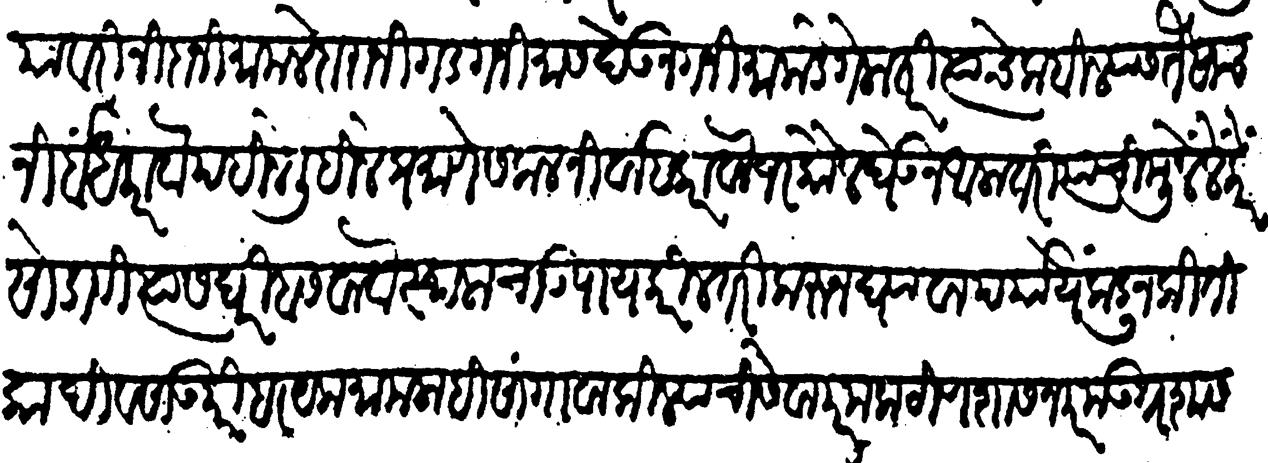
Transliteration (Devanagari): यावरी निदानीं मामलेदारानी गड गनिमास देऊन गनिमाकडे गेला तरी त्याचे कबिल्यास तैसाच निर्बंध करावा पहिले लिहिले प्रमाणे सकल निर्वाह करावा जर कौल घेऊन आला तरी त्याचीं मुलें लेकरें सोडावी त्यास घरीं बसवावा स्थळाचा उपाय करील तरी त्यास करुन घ्यावा पयचिंकडून कितीका दिवसांउपरी हरयेक मामला सांगावा किल्ल्याची सेवा परम कठीण शासन परम उग्र शासन